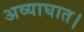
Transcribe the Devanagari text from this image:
अव्याघात।